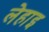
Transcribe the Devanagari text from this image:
लेहाइ